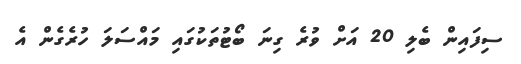
ސިފައިން ބެލި 20 އަށް ވުރެ ގިނަ ބޯޓުތަކުގައި މައްސަލަ ހުރެގެން އެ